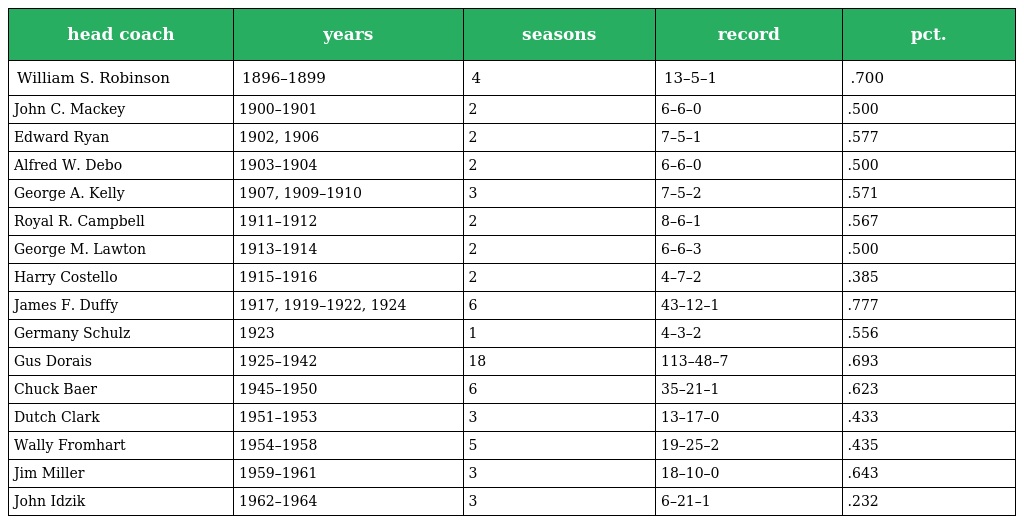
| head coach | years | seasons | record | pct. |
 | --- | --- | --- | --- | --- |
 | William S. Robinson | 1896–1899 | 4 | 13–5–1 | .700 |
 | John C. Mackey | 1900–1901 | 2 | 6–6–0 | .500 |
 | Edward Ryan | 1902, 1906 | 2 | 7–5–1 | .577 |
 | Alfred W. Debo | 1903–1904 | 2 | 6–6–0 | .500 |
 | George A. Kelly | 1907, 1909–1910 | 3 | 7–5–2 | .571 |
 | Royal R. Campbell | 1911–1912 | 2 | 8–6–1 | .567 |
 | George M. Lawton | 1913–1914 | 2 | 6–6–3 | .500 |
 | Harry Costello | 1915–1916 | 2 | 4–7–2 | .385 |
 | James F. Duffy | 1917, 1919–1922, 1924 | 6 | 43–12–1 | .777 |
 | Germany Schulz | 1923 | 1 | 4–3–2 | .556 |
 | Gus Dorais | 1925–1942 | 18 | 113–48–7 | .693 |
 | Chuck Baer | 1945–1950 | 6 | 35–21–1 | .623 |
 | Dutch Clark | 1951–1953 | 3 | 13–17–0 | .433 |
 | Wally Fromhart | 1954–1958 | 5 | 19–25–2 | .435 |
 | Jim Miller | 1959–1961 | 3 | 18–10–0 | .643 |
 | John Idzik | 1962–1964 | 3 | 6–21–1 | .232 |